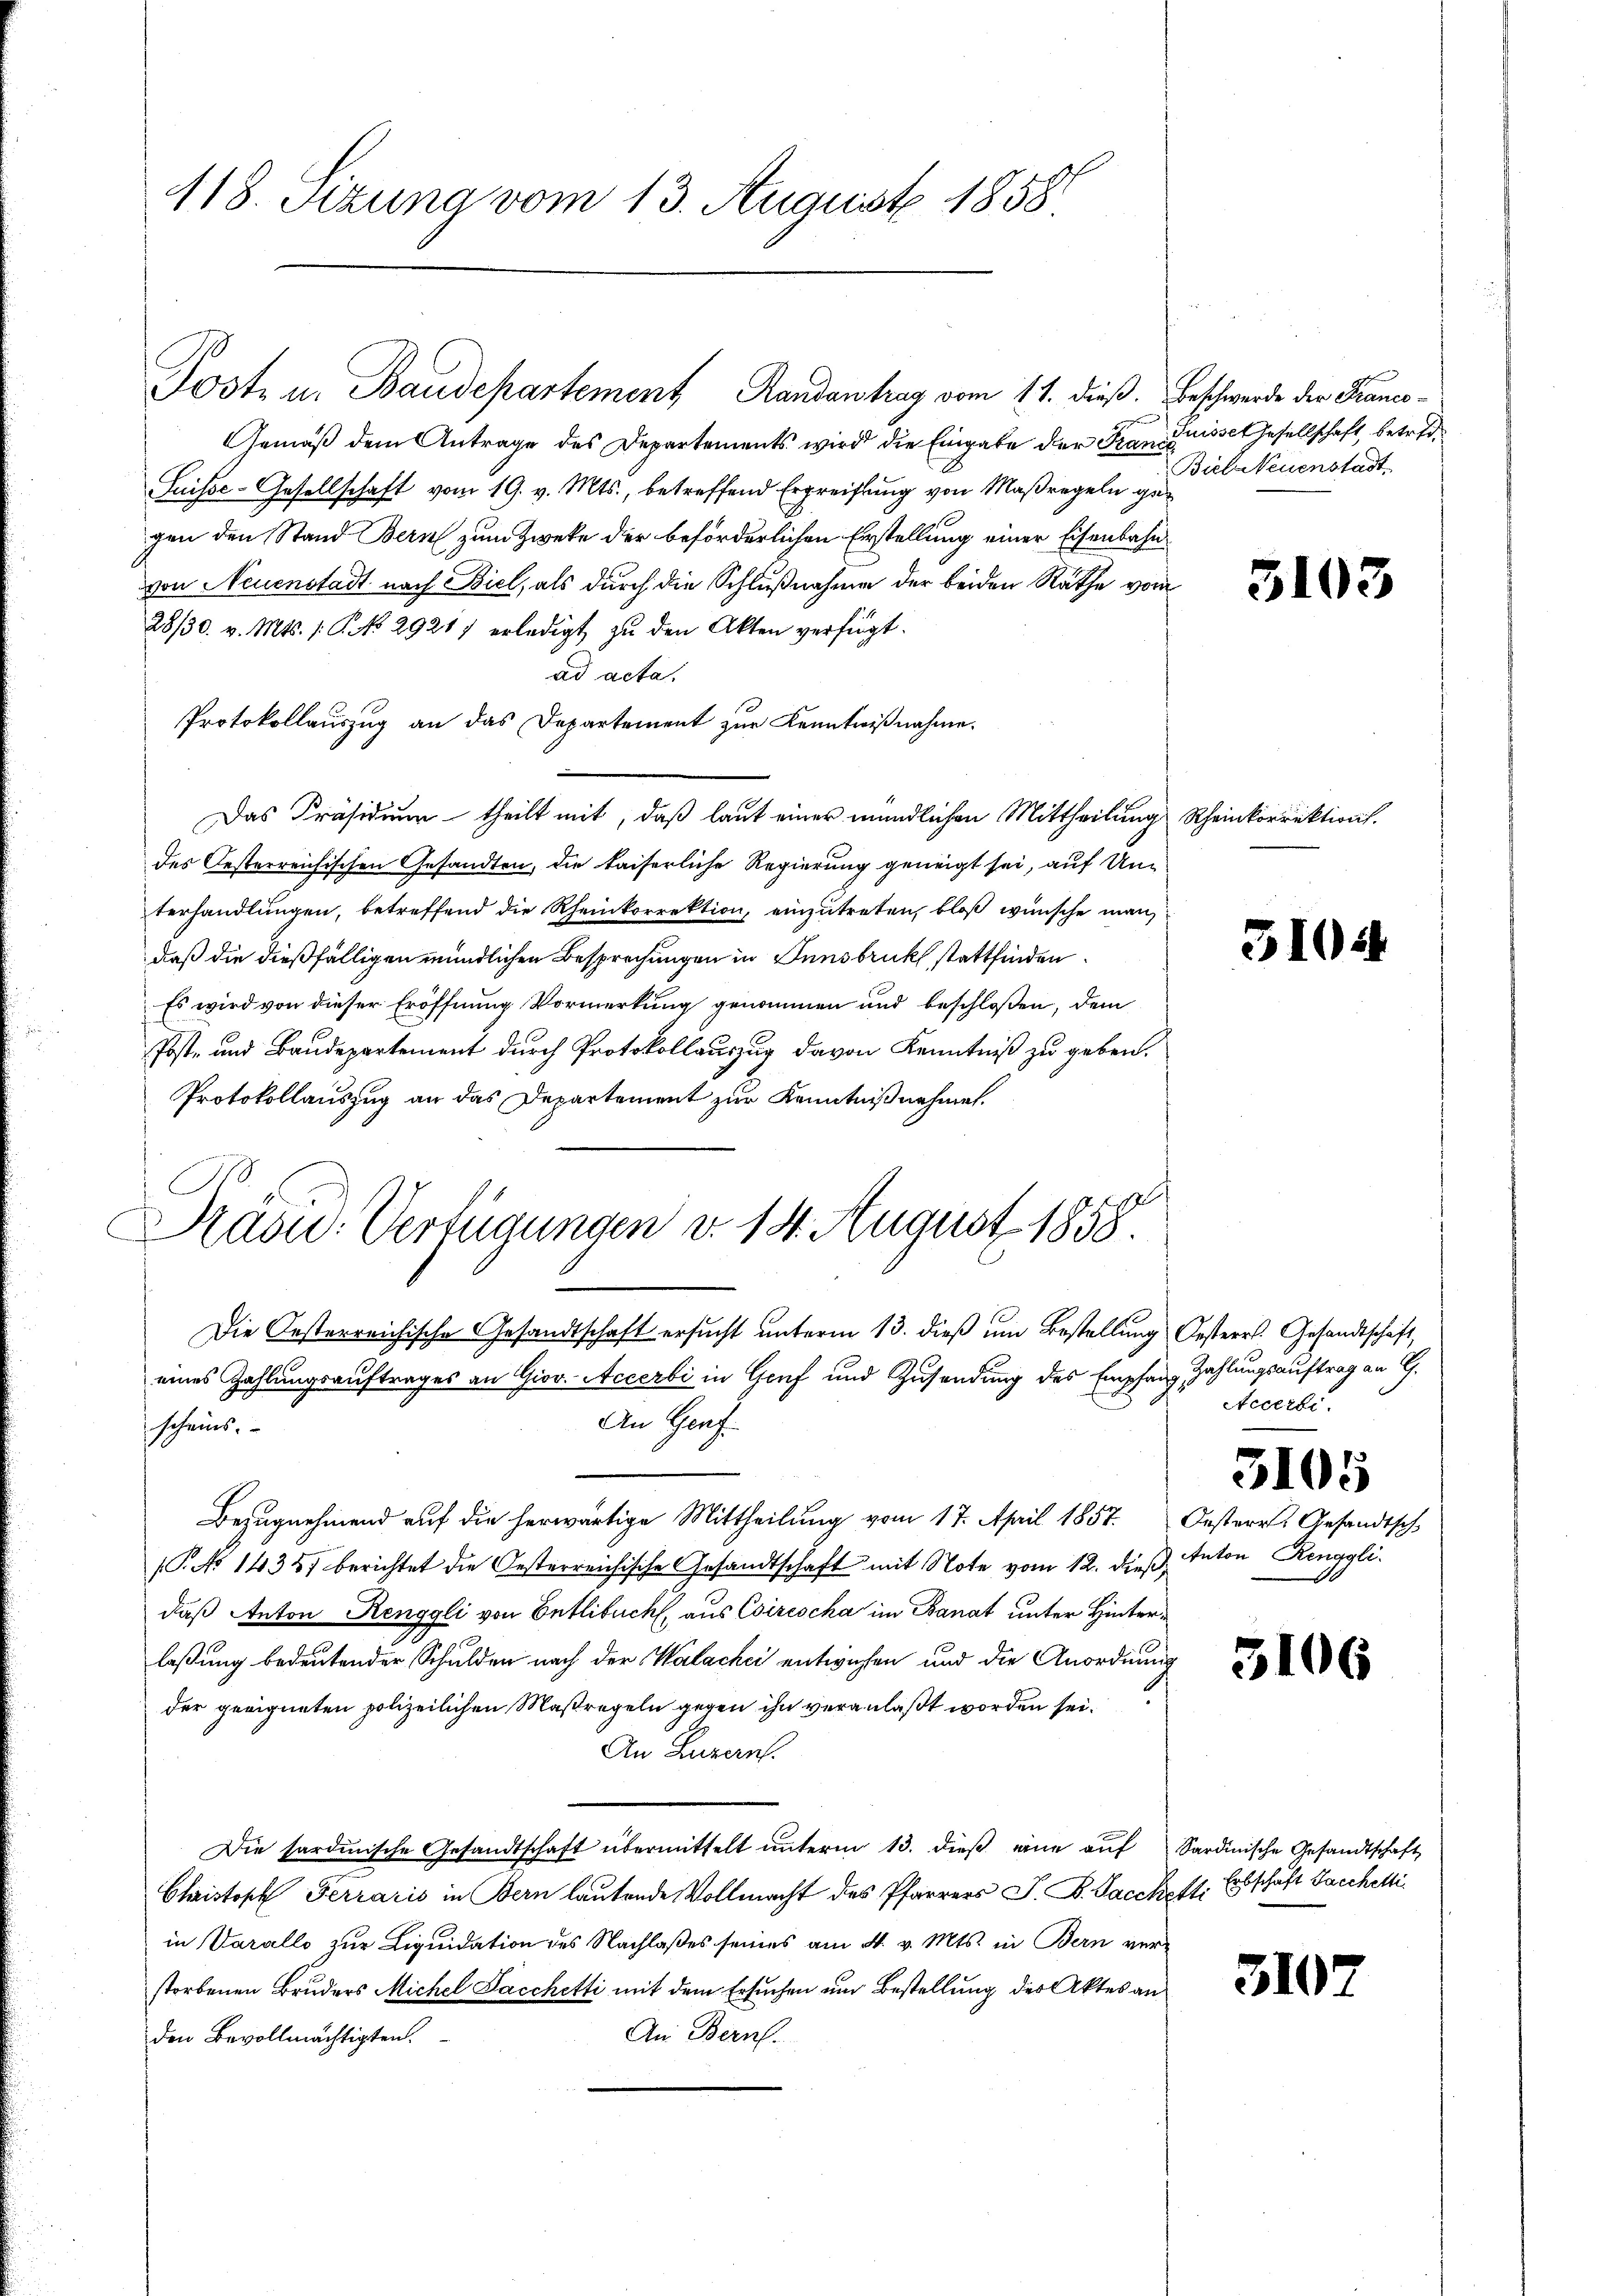
118. Sizung vom 13. August 1858

Post u. Baudepartement Randantrag vom 11. dieß. Beschwerde der Franco¬
Gemäß dem Antrage des Departements wird die Eingabe der Frau Suisset Gesellschaft, betrete
Suisse-Gesellschaft vom 19. v. Mts., betreffend Ergreiflung von Maßregeln gegen den Stand Bern zum Zweke der beförderlichen Erstellung einer Eisenbahn
von Neuenstadt nach Biel, als durch die Schlußnahme der beiden Rathe vom
28/30. v. Mts. 1. P. No 2921 erledigt zu den Akten verfügt:
ad acta.
Protokollauszug an das Departement zur Kenntnißnahme.
Das Präsidium theilt mit, daß laut einer mündlichen Mittheilung Rheinkorrektion.
des Oesterreichischen Gesandten, die kaiserliche Regierung geneigt sei, auf Unterhandlungen, betreffend die Rheinkorrektion, einzutreten, bloß wünsche man
daß die dießfälligen mündlichen Besprechungen in Innsbruck stattfinden.
Es wird von dieser Eröffnung Vormerkung genommen und beschloßen, dem
Post- und Baudepartement durch Protokollauszug davon Kenntniß zu geben.
Protokollauszug an das Departement zur Kenntniß nehmen.
Die Oesterreichische Gesandtschaft ersucht unterm 13. dieß um Bestellung Oesterr. Gesandtschaft,
eines Zahlungsauftrages an Giov. Accerbi in Genf und Zusendung des Empfang Zahlungsauftrag an G.
An Graf.
scheins.
Bezugnehmend auf die herwärtige Mittheilung vom 17. April 1857. Oesterr. Gesandtsch
(T. No 1435) berichtet die Oesterreichische Gesandtschaft mit Note vom 12. dieß,
daß Anton Renggli von Entlebuch, aus Esirischa im Banat unter Hinterlaßung bedeutender Schulden nach der Walachei entwichen und die Anordnung
der geeigneten polizeilichen Maßregeln gegen ihn veranlaßt worden sei.
An Luzern.
Die sardinische Gesandtschaft übermittelt ŭnterm 13. dieβ eine aŭf Sardinische Gesandtschaft
Christoph Ferraris in Bern lautende Vollmacht des Pfarrers J. B. Saccheft. Erbschaft Sacchetti
in Varallo zur Liquidation des Nachlaßes seines am 4. v. Mts. in Bern ver-
storbenen Bruders Michel Sacchetti mit dem Ersuchen um Bestellung der Aktes an
An Bern.
den Bevollmächtigten.

Rasu: Verfügungen v. 14. August 1858.

Biel Neuenstadt

3103

3104

Accerbi

5105

Anton Renggli.

3106

3107